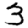
Digit: 3